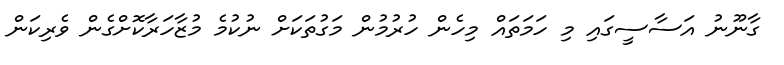
ގާނޫނު އަސާސީގައި މި ހަމަތައް މިހެން ހުރުމުން މަގުތަކަށް ނުކުމެ މުޒާހަރާކޮށްގެން ވެރިކަން